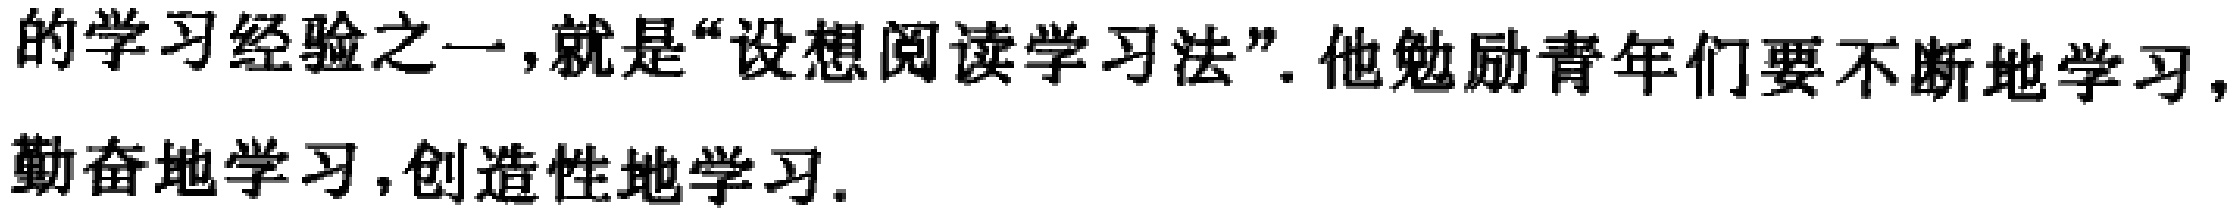
的学习经验之一,就是“设想阅读学习法”.他勉励青年们要不断地学习,勤奋地学习,创造性地学习.